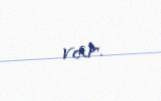
var.